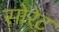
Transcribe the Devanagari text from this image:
सोरेट